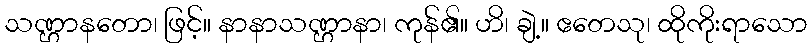
သဏ္ဌာနတော၊ ဖြင့်။ နာနာသဏ္ဌာနာ၊ ကုန်၏။ ဟိ၊ ချဲ့။ ဧတေသု၊ ထိုကိုးရာသော